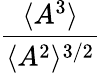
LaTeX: \frac{\langle A^{3}\rangle}{\langle A^{2}\rangle^{3/2}}